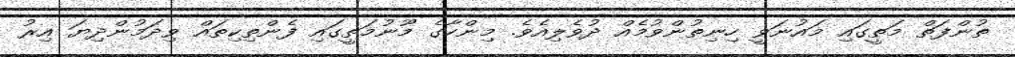
ތުންފަތް މަތީގައި މައުނަވީ ހިނިތުންވުމެއް ދުވެލިއެވެ. މިންހާގެ މޫނުމަތީގައި ފެންތިކިތައް ވިދަމުންދިޔަ އިރު